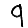
Digit: 9